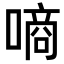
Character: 𠼬